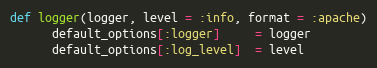
Language: Ruby
def logger(logger, level = :info, format = :apache)
      default_options[:logger]     = logger
      default_options[:log_level]  = level